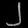
Digit: ၂